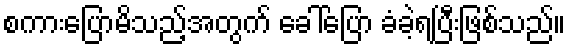
စကားပြောမိသည့်အတွက် ခေါ်ပြော ခံခဲ့ရပြီးဖြစ်သည်။